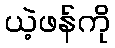
ယဲ့ဖန်ကို